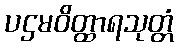
ပဌမဝိတ္ထာရသုတ္တံ